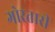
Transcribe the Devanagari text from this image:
गोरतारी